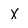
Character: X